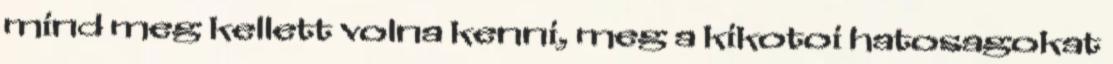
mind meg kellett volna kenni, meg a kikotoi hatosagokat